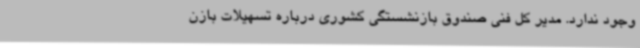
وجود ندارد. مدیر کل فنی صندوق بازنشستگی کشوری درباره تسهیلات بازن